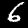
Label: 6